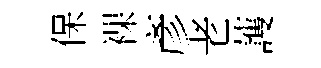
保裸彥老䕶